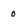
Character: 0